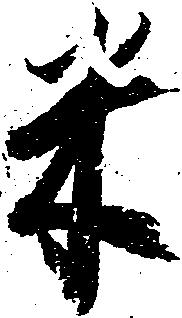
米